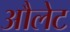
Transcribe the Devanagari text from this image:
औलेट